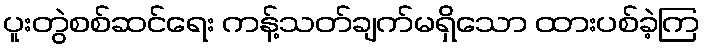
ပူးတွဲစစ်ဆင်ရေး ကန့်သတ်ချက်မရှိသော ထားပစ်ခဲ့ကြ